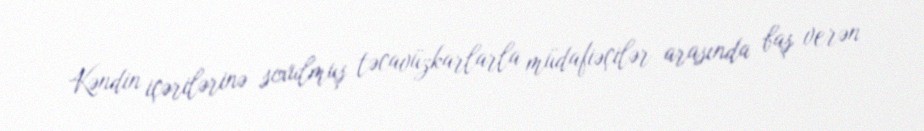
Kəndin içərilərinə soxulmuş təcavüzkarlarla müdafiəçilər arasında baş verən